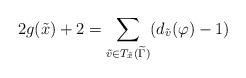
LaTeX: \begin{align*}2g(\tilde{x})+2 = \sum_{\tilde{v} \in T_{\tilde{x}} (\widetilde{\Gamma})} (d_{\tilde{v}} (\varphi) -1)\end{align*}